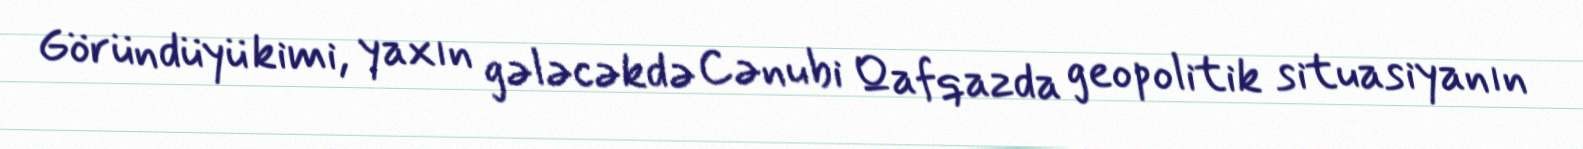
Göründüyü kimi, yaxın gələcəkdə Cənubi Qafqazda geopolitik situasiyanın